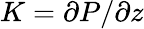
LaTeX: K=\partial P/\partial z